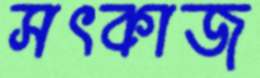
সৎকাজ